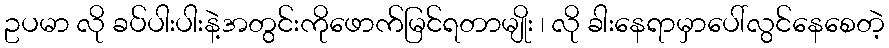
ဥပမာ လို ခပ်ပါးပါးနဲ့အတွင်းကိုဖောက်မြင်ရတာမျိုး ၊ လို ခါးနေရာမှာပေါ်လွင်နေစေတဲ့